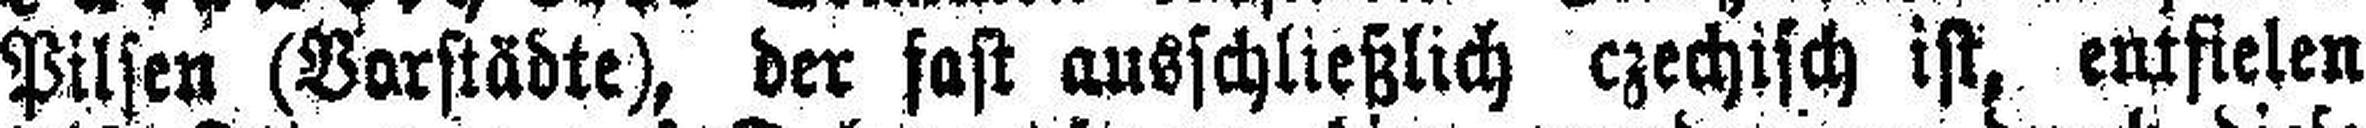
Pilsen (Vorstädte), der fast ausschließlich czechisch ist, entfielen